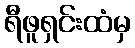
ရီဖူရှင်းထံမှ